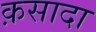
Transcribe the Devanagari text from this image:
क़सादा